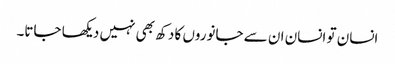
انسان تو انسان ان سے جانوروں کا دکھ بھی نہیں دیکھا جاتا۔